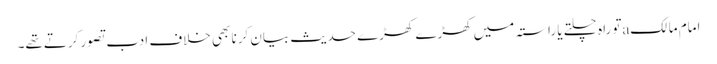
امام مالکaتو راہ چلتے یا راستہ میں کھڑے کھڑے حدیث بیان کرنا بھی خلافِ ادب تصور کرتےتھے۔